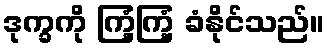
ဒုက္ခကို ကြံ့ကြံ့ ခံနိုင်သည်။